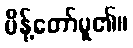
မိန့်တော်မူ၏။